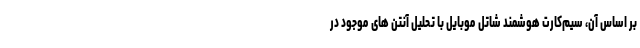
بر اساس آن، سیم‌کارت هوشمند شاتل موبایل با تحلیل آنتن های موجود در